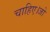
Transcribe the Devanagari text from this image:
चाहिए।जो